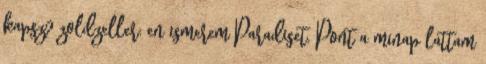
kapsz? zoldzeller: en ismerem Paradiset. Pont a minap lattam